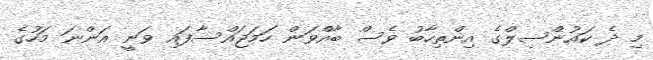
މި ދެ ކައުންސިލްގެ އިންތިހާބު ވެސް ބާއްވަން ހަމަޖައްސާފައި ވަނީ އަންނަ މަހުގެ